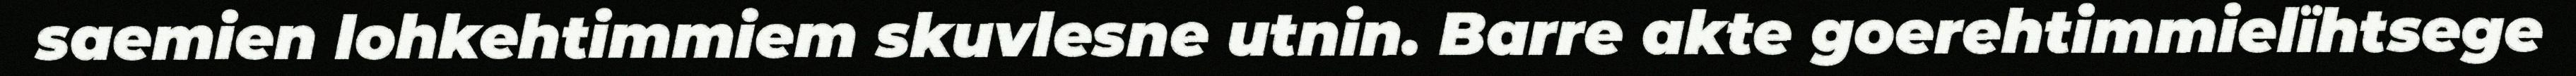
saemien lohkehtimmiem skuvlesne utnin. Barre akte goerehtimmielïhtsege